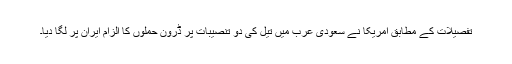
تفصیلات کے مطابق امریکا نے سعودی عرب میں تیل کی دو تنصیبات پر ڈرون حملوں کا الزام ایران پر لگا دیا۔